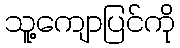
သူ့ကျောပြင်ကို